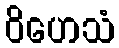
ဝိဟေသံ